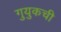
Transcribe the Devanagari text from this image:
गुयुकची